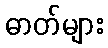
ဓာတ်များ